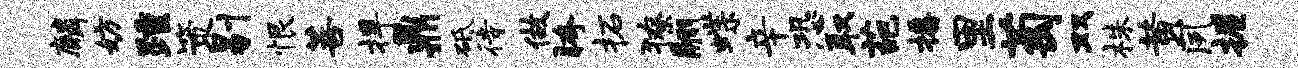
麟妨踵策剔恨菩捍鼎砥待做胯柘獠翮蝶辛恐取葩播里萄双株黄夙握